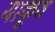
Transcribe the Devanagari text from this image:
याकूव